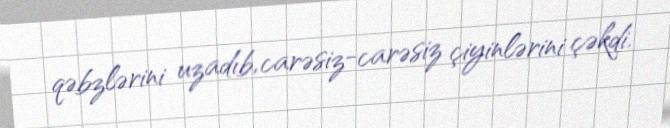
qəbzlərini uzadıb, carəsiz-carəsiz çiyinlərini çəkdi.